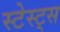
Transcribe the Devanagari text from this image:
स्टेस्ट्स